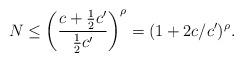
LaTeX: \begin{align*}N\leq \left( \frac{c+\frac{1}{2}c'}{\frac{1}{2}c'} \right)^\rho=(1+2c/c')^\rho.\end{align*}